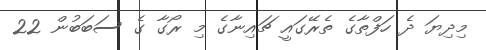
މިދިޔަ ދެ ހަފްތާގެ ތެރޭގައީ ޗައިނާގެ މި ރޯގާ ގެ ސަބަބުން 22